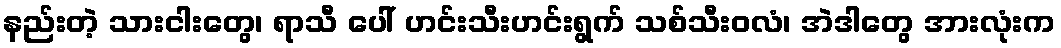
နည်းတဲ့ သားငါးတွေ၊ ရာသီ ပေါ် ဟင်းသီးဟင်းရွက် သစ်သီးဝလံ၊ အဲဒါတွေ အားလုံးက